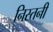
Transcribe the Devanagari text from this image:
निस्तनी